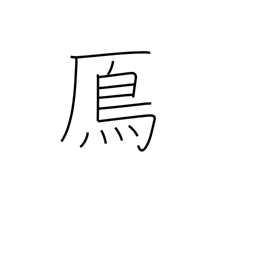
Meaning: wild goose